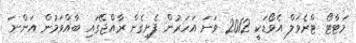
މަޓާޓޯ ޓްރެވަލް އެވޯޑަކީ 2012 ވަނަ އަހަރުން ފެށިގެން ރާއްޖޭގައި ބާއްވަމުން އަންނަ